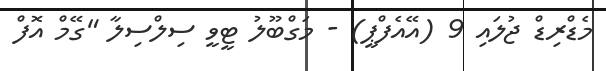
މެޑްރިޑް ޖުލައި 9 (އޭއެފްޕީ) - މަގްބޫލު ޓީވީ ސިލްސިލާ "ގޭމް އޮފް